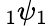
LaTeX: \, _{1}\psi_{1}